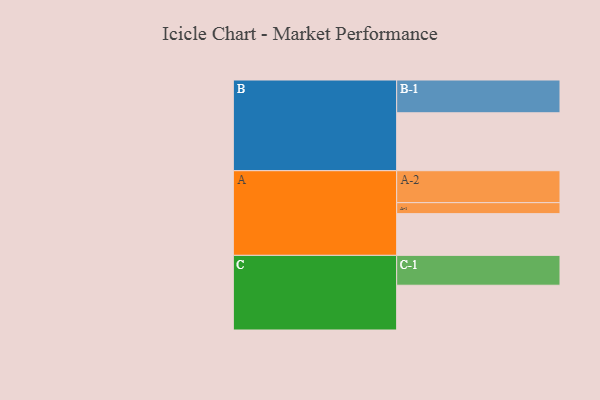
{"axis": {"x": "Segment", "y": "Value"}, "legend": ["", "A", "B", "C"], "data": [{"x": "A", "y": 358, "type": ""}, {"x": "B", "y": 497, "type": ""}, {"x": "C", "y": 384, "type": ""}, {"x": "A-1", "y": 94, "type": "A"}, {"x": "A-2", "y": 274, "type": "A"}, {"x": "B-1", "y": 281, "type": "B"}, {"x": "C-1", "y": 256, "type": "C"}]}